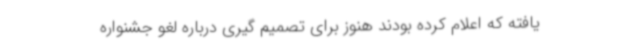
یافته که اعلام کرده بودند هنوز برای تصمیم گیری درباره لغو جشنواره